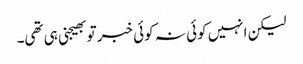
لیکن انہیں کوئی نہ کوئی خبر تو بھیجنی ہی تھی۔